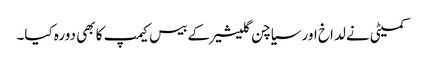
کمیٹی نے لداخ اور سیاچن گلیشیر کے بیس کیمپ کا بھی دورہ کیا۔